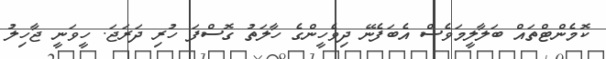
ކޮމެންޓްތައް ބަލާލީމަވެސް އެބަފެނޭ ދިވެހީންގެ ހާލަތު ގޮސްފަ ހުރި ދަރަޖަ. ހީވަނީ ޖާހިލު